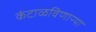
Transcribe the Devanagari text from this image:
कंटाळविणाऱ्या